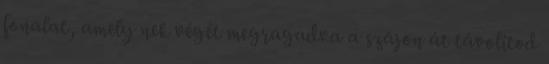
fonalat, amely nek végét megragadva a szájon át távolítod